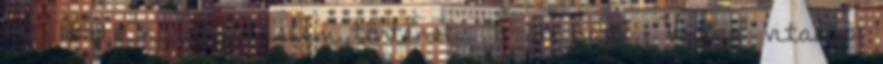
13., 18:49 ‎Ökörségvédelem történet ‎ 8 214 bájt ‎Verőce vitalap